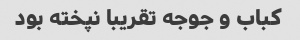
کباب و جوجه تقریبا نپخته بود